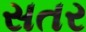
સતર